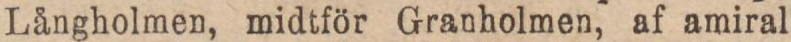
Långholmen, midtför Granholmen, af amiral